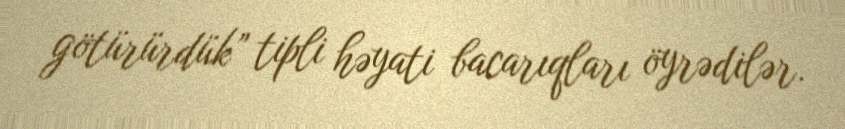
götürürdük” tipli həyati bacarıqları öyrədilər.